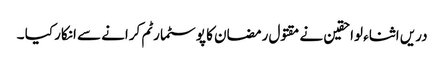
دریں اثناء لواحقین نے مقتول رمضان کا پوسٹمارٹم کرانے سے انکار کیا ۔